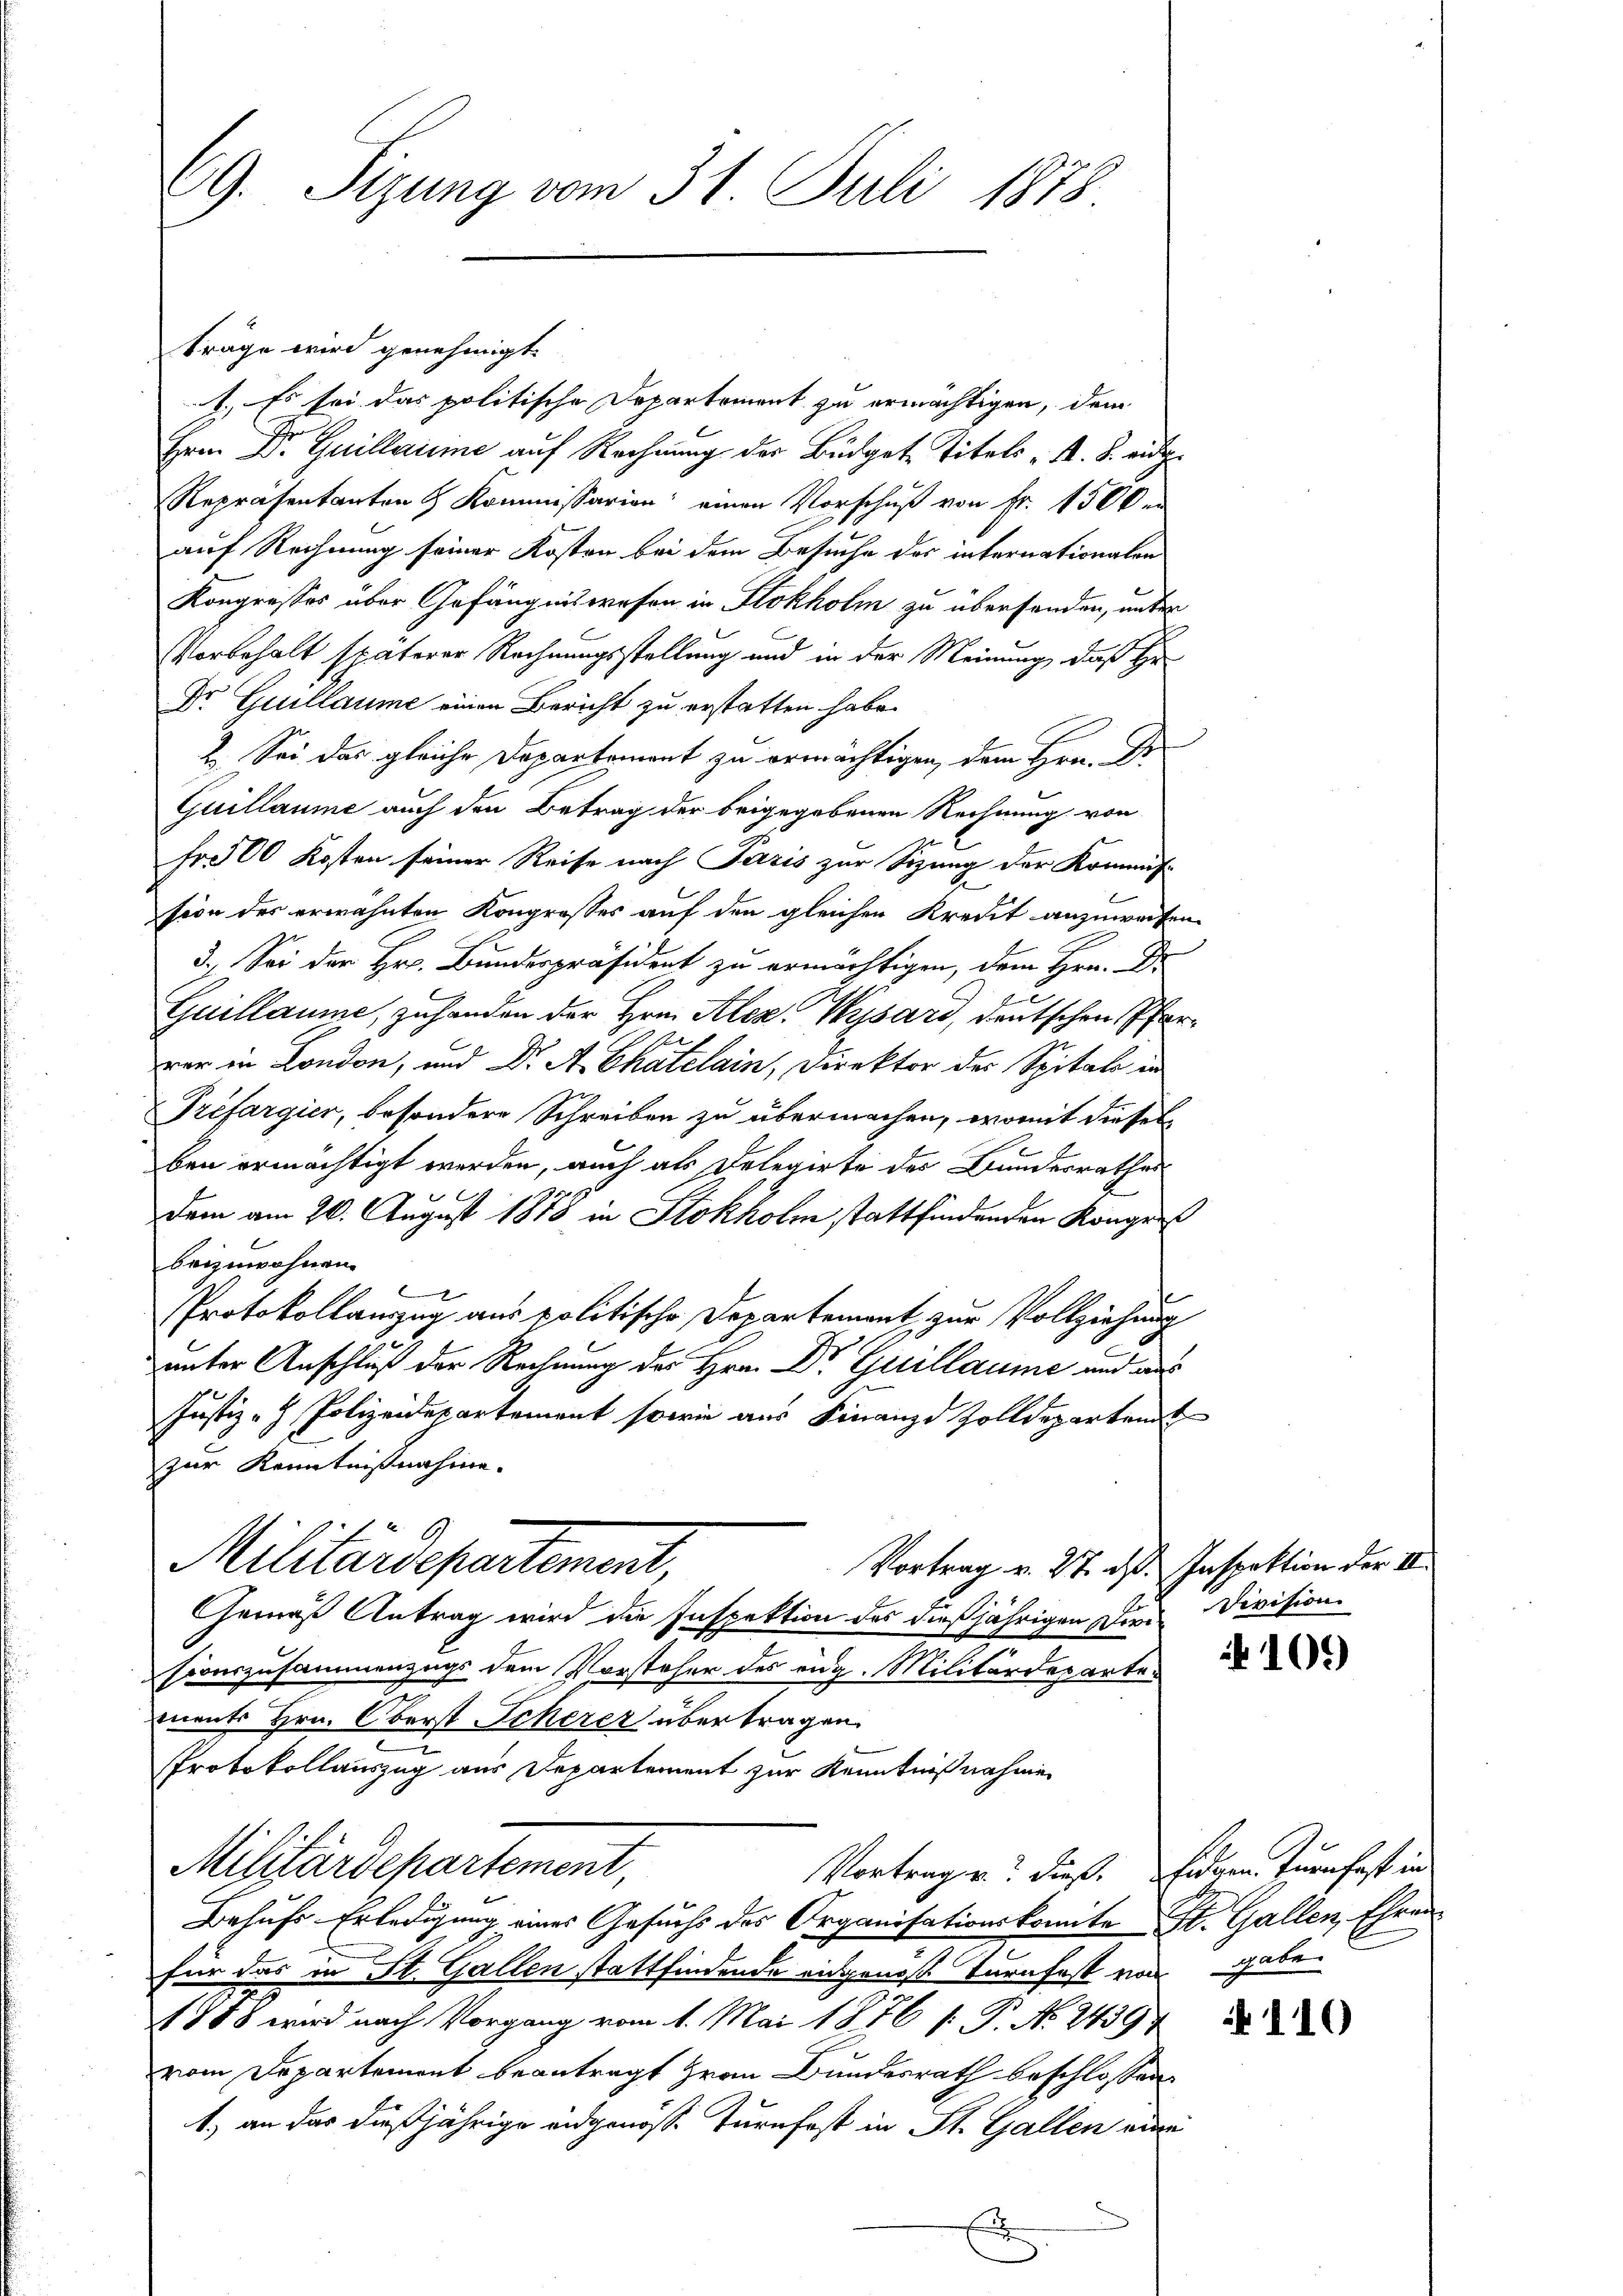
69. Sizung vom 31. Juli 1878

trage wird genehmigt.
1.) Es sei das politische Departement zu ermächtigen, dem
Hrn Dr. Guillaume auf Rechnung der Budget Titels A. S. ausge¬
Repräsentanten & Kommissarion; einen Vorschuß von Fr. 1500.
auf Rechnung seiner Kosten bei dem Besuche der internationalen
Kongresses über Gefängniswesen in Stokholm zu übersenden, unter
Vorbehalt späterer Rechnungsstellung und in der Meinung, daß Hr
Dr Guillaume einen Bericht zu erstatten habe.
2. Sei das gleiche Departement zu ermächtigen, dem Hrn. D
Guillaume auch den Betrag der beigegebenen Rechnung von
Fr. 100 Kosten seiner Reise nach Paris zur Sizung der Kommis-
sion des erwähnten Kongrosses auf den gleichen Kredit anzuweisen
3.) Sei der Hr. Bundespräsident zu ermächtigen, dem Hrn. Dr.
E
Guillaume, zu handen der Hrn. Alez. Wyssari, deutschen Pfarvar in London, und Dr. A. Chatelain, Direktor der Spitals in
Tréfargier, besondere Schreiben zu übermachen, womit dieses
ben ermächtigt werden, auch als Delegirte des Bunderrathes
dem am 26. August 1878 in Stokholm stattfindenden Konges
beizuwohnen.
x
Protokollanzug aus politische Departement zur Vollziehung
unter Anschluß der Rechnung des Hrn. Dr Guillaume und aus
Justiz - Polizeidepartement sowie aus Finanze Zolldepartent
zur Kenntnißnahme.
Militärdepartement,
Vortrag v. 27. ds. Inspektion der II.
Gemäß Antrag wird die Inspektion des dießjährigen Die Division.
t
sionszusammenzugs dem Vorsteher des eng. Militärdepartemente Hrn. Oberst Scherer übertragen.
Protokollauszug aus Departement zur Kenntnißnahmen
Militärdepartement,
Vortragen? dieß. Eidem Turnhaft in
Behufs Erledigung eines Gesuchs des Organisationskomite St. Gallen, Ehren
für das in St. Gallen stattfindende eidgenoß Turnfest von gabe
1888 wird nach Vorgang vom 1. Mai 1876 [: P. No. 2439
vom Departement beantragt zwar Bundesrath beschlossen:
1) an das dießjährige eidgenösse Turnfest in St. Gallen eine
E

109)

110